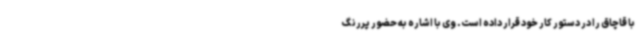
با قاچاق را در دستور کار خود قرار داده است. وی با اشاره به حضور پررنگ